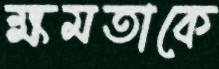
ক্ষমতাকে